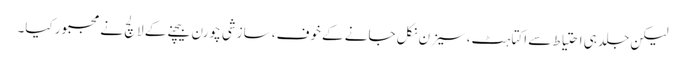
لیکن جلد ہی احتیاط سے اکتاہٹ، سیزن نکل جانے کے خوف، سازشی چورن بیچنے کے لالچ نے مجبور کیا۔